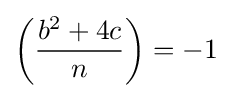
\left({\frac {b^{2}+4c}{n}}\right)=-1